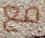
مع